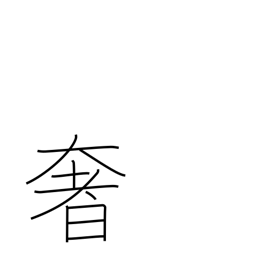
Meaning: luxury